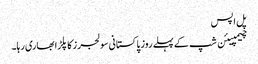
پل اپس
چیمپیئن شپ کے پہلے روز پاکستانی سولجرز کا پلڑا بھاری رہا۔